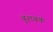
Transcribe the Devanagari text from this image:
बुशबक